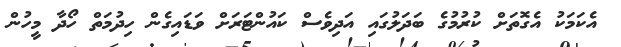
އެކަމަކު އެގޮތަށް ކުރުމުގެ ބަދަލުގައި އަދިވެސް ކައުންޓަރަށް ވަޑައިގެން ހިދުމަތް ހޯދާ މީހުން